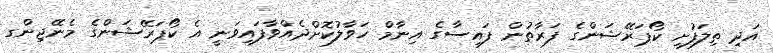
އަދި ތިލަފުށި ކޯޕަރޭޝަންގެ ފަރާތުން ފައިސާގެ އިނާމް ހަވާލުކޮށްދެއްވާފައިވަނީ އެ ކޯޕަރޭޝަންގެ މެނޭޖިންގ